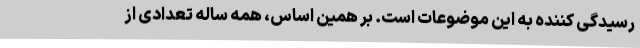
رسیدگی کننده به این موضوعات است. بر همین اساس، همه ساله تعدادی از